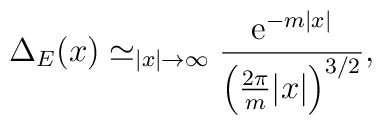
\Delta_E(x) \simeq_{|x|\rightarrow \infty} \frac{\mathrm{e}^{-m|x|}}{\left(\frac{2\pi}{m} |x|\right)^{3/2}},